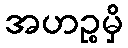
အဟဉ္စမှိ